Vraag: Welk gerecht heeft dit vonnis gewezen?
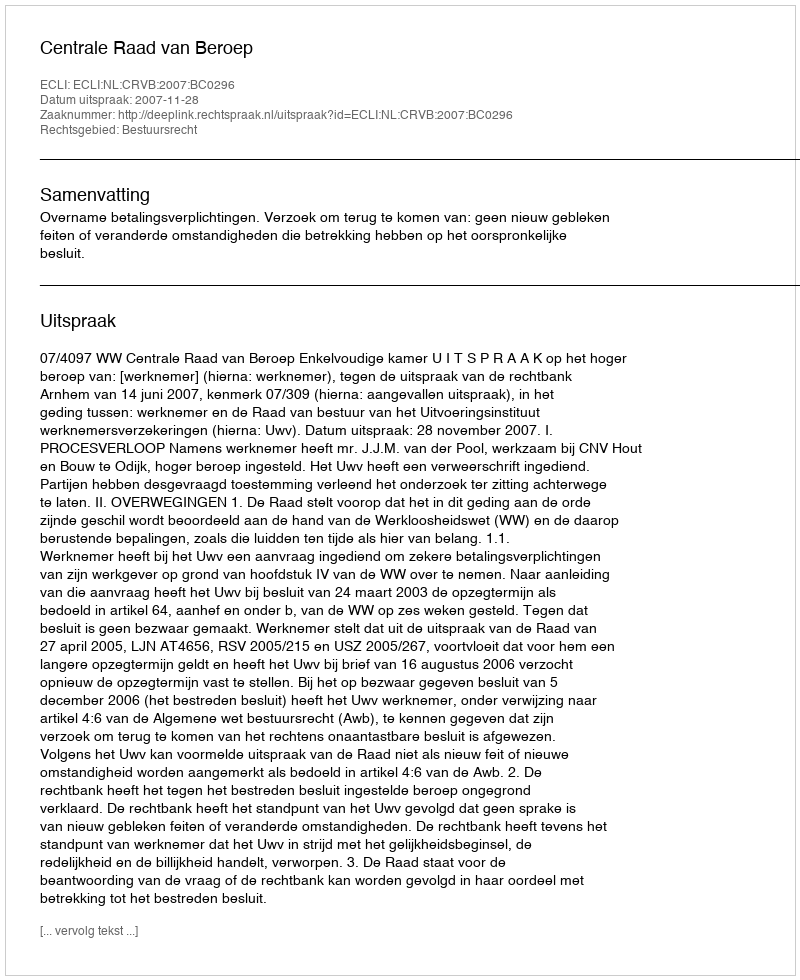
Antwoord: Centrale Raad van Beroep